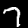
Digit: 7